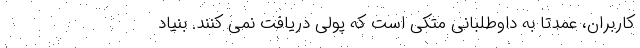
کاربران، عمدتا به داوطلبانی متکی است که پولی دریافت نمی کنند. بنیاد